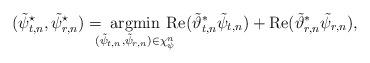
LaTeX: \begin{align*} (\tilde{\psi}_{t,n}^\star, \tilde{\psi}_{r,n}^\star) = \!\!\!\!\operatorname*{argmin}_{(\tilde{\psi}_{t,n}, \tilde{\psi}_{r,n}) \in \chi_{\psi}^n} \!\!\!\! \mathrm{Re}(\tilde{\vartheta}_{t,n}^* \tilde{\psi}_{t,n} ) + \mathrm{Re}(\tilde{\vartheta}_{r,n}^* \tilde{\psi}_{r,n} ), \end{align*}